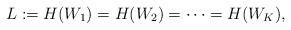
LaTeX: \begin{align*} L := H(W_1) = H(W_2) = \cdots = H(W_K),\end{align*}